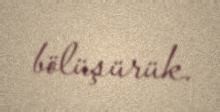
bölüşürük.